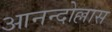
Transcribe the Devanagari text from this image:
आनन्दोल्लास